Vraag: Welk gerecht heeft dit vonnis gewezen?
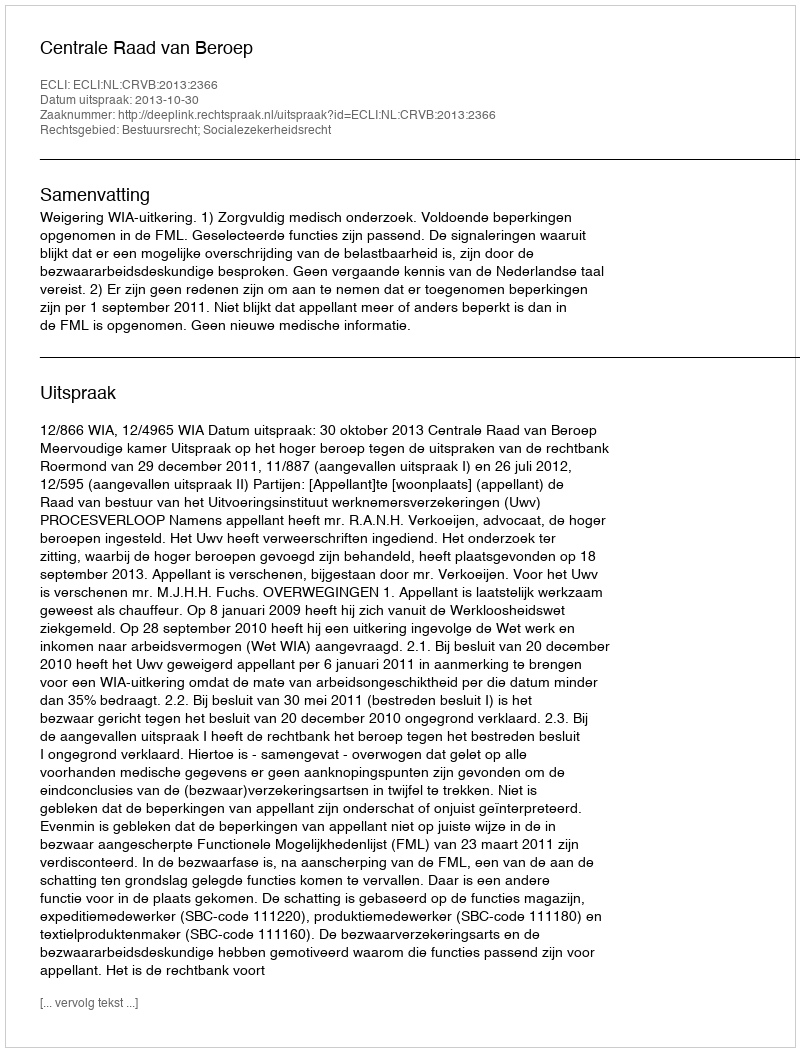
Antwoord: Centrale Raad van Beroep